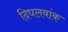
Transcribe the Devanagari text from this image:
दिघलबांक